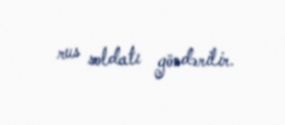
rus soldatı göndərilir.